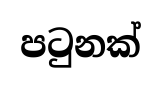
පටුනක්